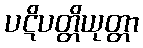
ပဋိပတ္တိယုတ္တာ